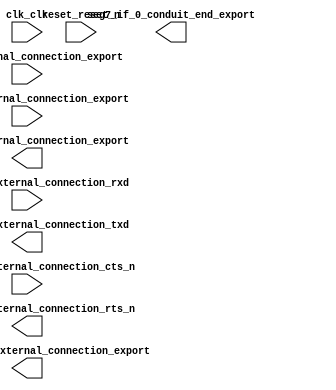

module RFS_WiFi (
	clk_clk,
	pio_0_external_connection_export,
	pio_key_external_connection_export,
	pio_led_external_connection_export,
	pio_wifi_reset_external_connection_export,
	reset_reset_n,
	seg7_if_0_conduit_end_export,
	wifi_uart0_external_connection_rxd,
	wifi_uart0_external_connection_txd,
	wifi_uart0_external_connection_cts_n,
	wifi_uart0_external_connection_rts_n);	

	input		clk_clk;
	input	[7:0]	pio_0_external_connection_export;
	input	[1:0]	pio_key_external_connection_export;
	output	[3:0]	pio_led_external_connection_export;
	output		pio_wifi_reset_external_connection_export;
	input		reset_reset_n;
	output	[47:0]	seg7_if_0_conduit_end_export;
	input		wifi_uart0_external_connection_rxd;
	output		wifi_uart0_external_connection_txd;
	input		wifi_uart0_external_connection_cts_n;
	output		wifi_uart0_external_connection_rts_n;
endmodule